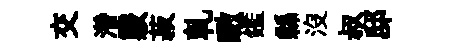
交濳覈菽乹瞰鑑縣沒叔邸